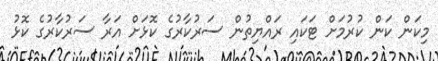
މިކަން ކަން ކުރުމަށް ޓަކައި ރައްޔިތުން ސަރުކާރުގެ ކޮޅަށް އަރާ ސަރުކާރުގެ ކޮޅު